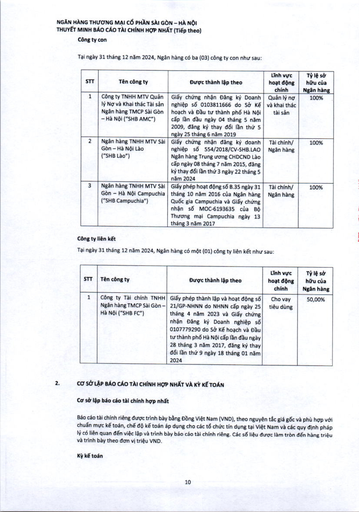
|STT|Tên công ty|Đường thành lập theo|Lĩnh vực hoạt động chính|Tỷ lệ sở hữu của Ngân hàng| |---|---|---|---|---| |1|Công ty TNHH MTV Quản lý Nợ và Khai thác Tài sản Ngân hàng TMCP Sài Gòn - Hà Nội ("SHB AMC")|Giấy chứng nhận Đăng ký Doanh nghiệp số 0103811666 do Sở Kế hoạch và Đầu tư thành phố Hà Nội cấp lần đầu ngày 04 tháng 5 năm 2009, đăng ký thay đổi lần thứ 5 ngày 25 tháng 6 năm 2019|Quản lý nợ và khai thác tài sản|100%| |2|Ngân hàng TNHH MTV Sài Gòn - Hà Nội Lào ("SHB Lào")|Giấy chứng nhận đăng ký doanh nghiệp số 554/2018/CV-SHB.LAO Ngân hàng Trung ương CHDCND Lào cấp ngày 08 tháng 7 năm 2015, đăng ký thay đổi lần thứ 3 ngày 22 tháng 5 năm 2024|Tài chính/ Ngân hàng|100%| |3|Ngân hàng TNHH MTV Sài Gòn - Hà Nội Campuchia ("SHB Campuchia")|Giấy phép hoạt động số B.35 ngày 31 tháng 10 năm 2016 của Ngân hàng Quốc gia Campuchia và Giấy chứng nhận số MOC-6193635 của Bộ Thương mại Campuchia ngày 13 tháng 3 năm 2017|Tài chính/ Ngân hàng|100%| |STT|Tên công ty|Đường thành lập theo|Lĩnh vực hoạt động chính|Tỷ lệ sở hữu của Ngân hàng| |---|---|---|---|---| |1|Công ty Tài chính TNHH Ngân hàng TMCP Sài Gòn - Hà Nội ("SHB FC")|Giấy phép thành lập và hoạt động số 21/GP-NHNN do NHNN cấp ngày 25 tháng 4 năm 2023 và Giấy chứng nhận Đăng ký Doanh nghiệp số 0107779290 do Sở Kế hoạch và Đầu tư thành phố Hà Nội cấp lần đầu ngày 28 tháng 3 năm 2017, đăng ký thay đổi lần thứ 9 ngày 18 tháng 01 năm 2024|Cho vay tiêu dùng|50,00%|